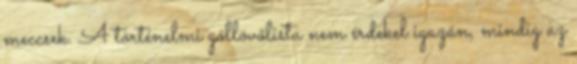
meccsek. A történelmi góllövőlista nem érdekel igazán, mindig az